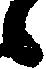
候